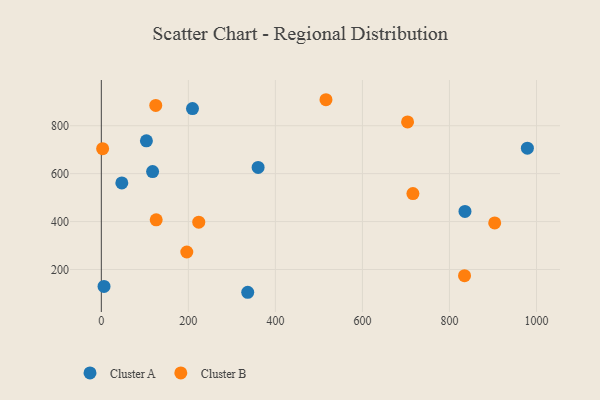
{"axis": {"x": "Speed", "y": "Profit"}, "legend": ["Cluster A", "Cluster B"], "data": [{"x": "6.2", "y": 129.4, "type": "Cluster A"}, {"x": "979.0", "y": 706.4, "type": "Cluster A"}, {"x": "336.4", "y": 104.9, "type": "Cluster A"}, {"x": "209.5", "y": 871.7, "type": "Cluster A"}, {"x": "360.3", "y": 625.9, "type": "Cluster A"}, {"x": "103.6", "y": 736.9, "type": "Cluster A"}, {"x": "835.6", "y": 442.3, "type": "Cluster A"}, {"x": "117.8", "y": 608.8, "type": "Cluster A"}, {"x": "47.1", "y": 561.4, "type": "Cluster A"}, {"x": "196.4", "y": 272.9, "type": "Cluster B"}, {"x": "126.1", "y": 407.2, "type": "Cluster B"}, {"x": "223.9", "y": 397.3, "type": "Cluster B"}, {"x": "834.6", "y": 174.1, "type": "Cluster B"}, {"x": "716.0", "y": 517.0, "type": "Cluster B"}, {"x": "903.9", "y": 394.4, "type": "Cluster B"}, {"x": "703.7", "y": 815.9, "type": "Cluster B"}, {"x": "125.1", "y": 884.6, "type": "Cluster B"}, {"x": "516.2", "y": 908.5, "type": "Cluster B"}, {"x": "3.0", "y": 704.4, "type": "Cluster B"}]}